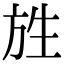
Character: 𭤯